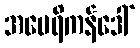
အမေရိကန်ဒေါ်